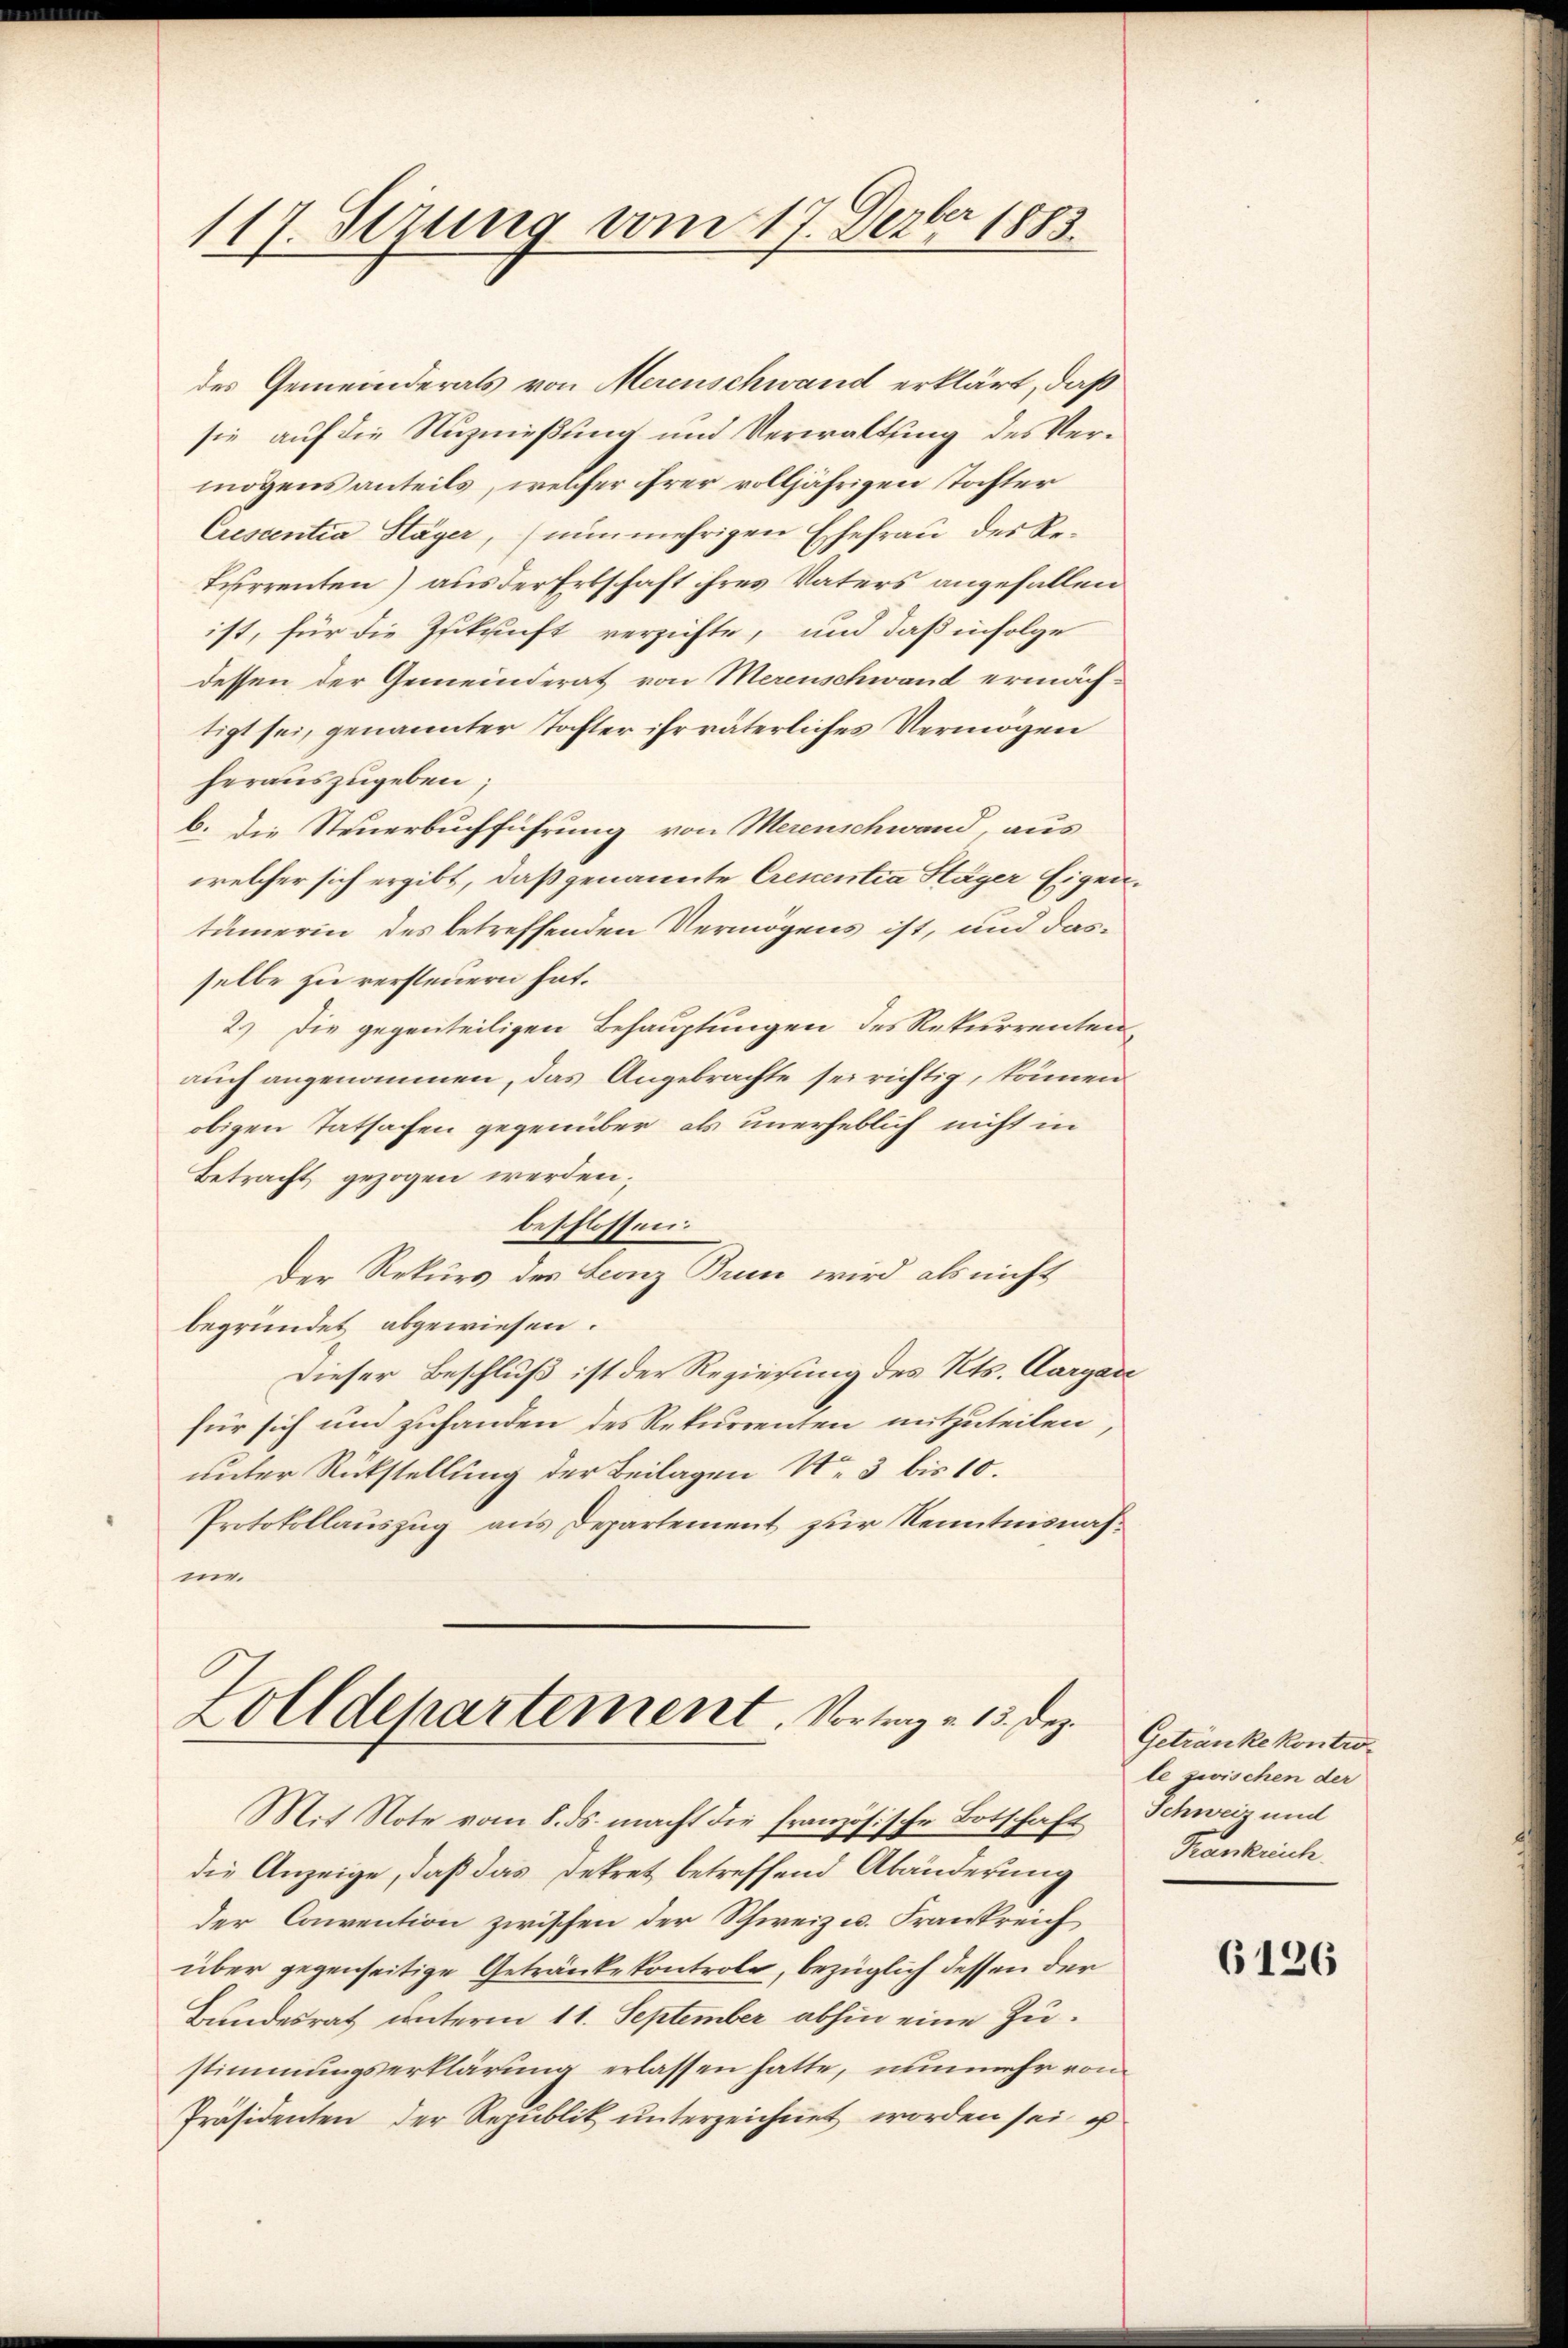
117. Sezung vom 17. Dezbr 1883.

des Gemeinderats von Merenschwand erklärt, daß
sie auf die Nuznießung und Verwaltung des Vermögens anteils, welcher ihrer volljährigen tochter
Crescentia Hager, (nunmehrigen Ehefrau des Re¬
Furrenten) aus der Erbschaft ihres Vaters angefallen
ist, für die Zukunft verzichte, und daß infolge
dessen der Gemeinderat von Merenschwand ermächtigt sei, genannter Tochter ihr väterliches Vermögen
herauszugeben;
b. die Steuerbuchführung von Merenschwand, aus
welcher sich ergibt, daß genannte Crescentia Häger Eigentümerin des betreffenden Vermögens ist, und dasselbe zu versteuern hat.
2.) Die gegenteiligen Behauptungen des Rekurrenten,
auch angenommen, das Angebrachte sei richtig, können
obigen Tatsachen gegenüber als unerheblich nicht in
Betracht gezogen werden;
beschlossen.
Der Rekurs des Leonz Brun wird als nicht
begründet abgewiesen.
Dieser Beschluß ist der Regierung des Kts. Aargare
für sich und zuhanden des Rekurrenten mitzuteilen,
unter Rückstellung der Beilagen No 3 bis 10.
Protokollauszug aus Departement zur Kenntnisnahme.

Zolldepartement. Vortrag v. 13. Dez.

Mit Note vom 8. ds. macht die französische Botschaft
die Anzeige, daß das Dekret betreffend Abänderung
der Convention zwischen der Schweiz u. Frankreich
über gegenseitige Getränke kontrole, bezüglich dessen der
Bundesrat unterm 11. September abhin eine Zustimmungserklärung erlassen hatte, nunmehr von
Präsidenten der Republik unterzeichnet worden sei, u

Getränke Kontrole zwischen der
Schweiz und
Krankenhe

6126